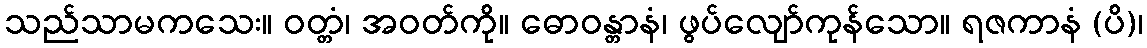
သည်သာမကသေး။ ဝတ္တံ၊ အဝတ်ကို။ ဓောဝန္တာနံ၊ ဖွပ်လျော်ကုန်သော။ ရဇကာနံ (ပိ)၊